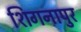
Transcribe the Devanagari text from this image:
शिगनापुर